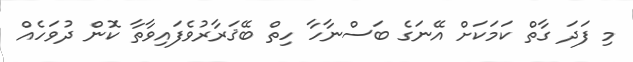
މި ފަދަ ގާތް ކަމަކަށް އޭނަގެ ބަސްނާހާ ހިތް ބޭޤަރާރުވެފައިވާތާ ކޮން ދުވަހެއް